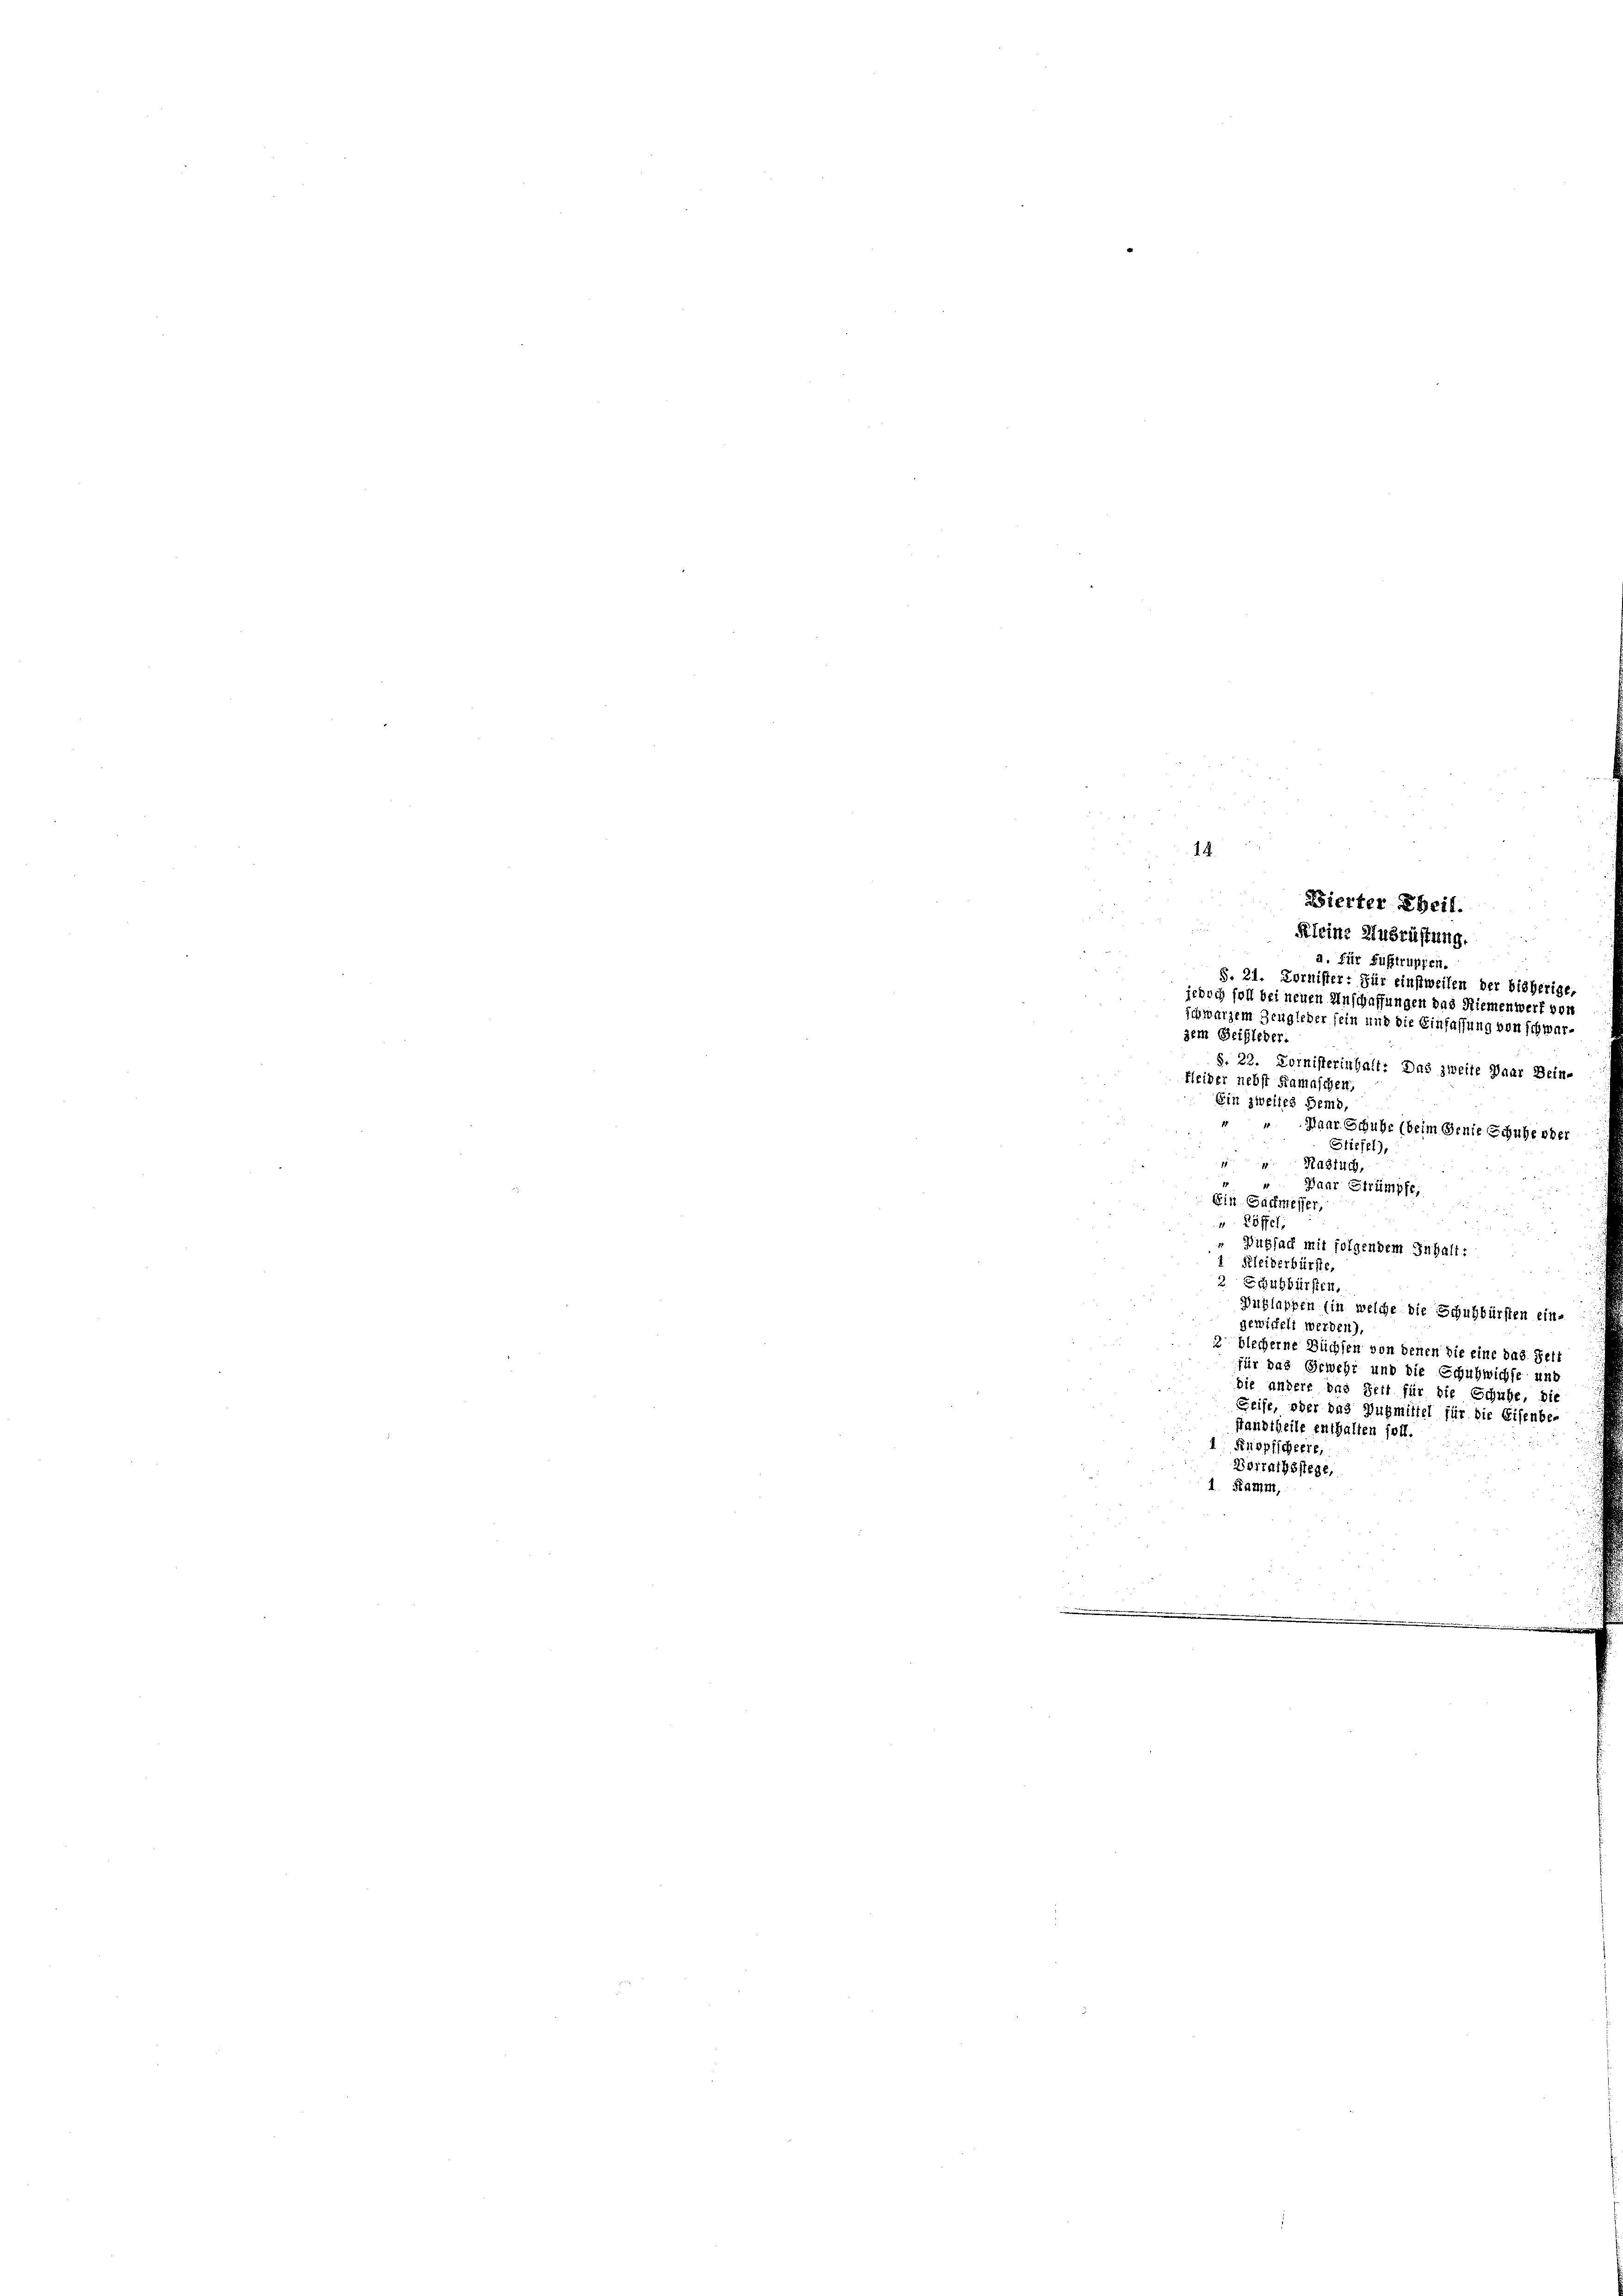
1

Kleine Zust

S. 21. Dornister: 8
jedoch foll bei neuen 21.
schwarzem Zeugieder sein un
zem Gethleder.
S. 22. Doinisterint
 Deine
fleider nebst Kamaschen,
Ein zweites Demo
Manr. Grub
he oder
Stiefel)
Hagfuch
ag
Ein Gaumesser,
4 Löffel
Wisfach mit folgendem
2 Kleiderbür
2 Schuhbür
Wuhlappen (in
1 E1114.
gewickelt werde.
2 blecherne Büch

für das Geweh
448
die andere das Zeit für die
Feife, oder da
standtheile enthalt
Kropfscheere,
Dorrathsstege,
A Kamm,

Bierter Theil

. §. 114

isherige,
erf von
ung von schwar¬